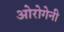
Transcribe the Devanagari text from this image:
ओरोगेनी